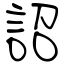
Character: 詔